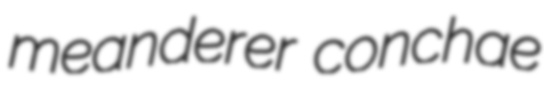
meanderer conchae